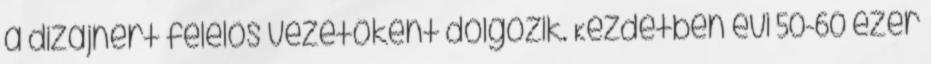
a dizájnért felelôs vezetôként dolgozik. Kezdetben évi 50-60 ezer